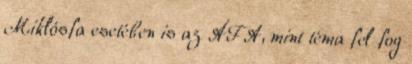
Miklósfa esetében is az ÁFA, mint téma fel fog